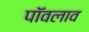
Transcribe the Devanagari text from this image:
पॉवलाव